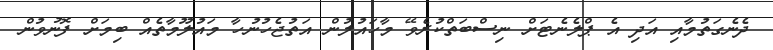
ދެނެގަތުމާއި އަދި އެ ޕްލެނެޓަށް ނިސްބަތްކުރެވޭ މާހައުލުން އަތުޖެހުނުހާ މައުލޫމާތެއް ބިމަށް ފޮނުވުން